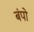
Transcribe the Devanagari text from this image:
बंपो